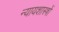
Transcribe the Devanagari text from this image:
न्यायशास्त्रों